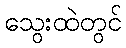
သွေးထဲတွင်